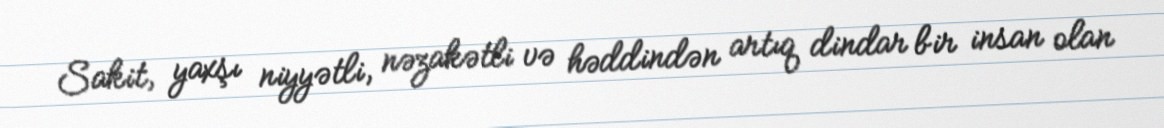
Sakit, yaxşı niyyətli, nəzakətli və həddindən artıq dindar bir insan olan